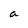
Character: a